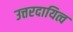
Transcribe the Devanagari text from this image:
उत्तरदायित्व